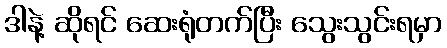
ဒါနဲ့ ဆိုရင် ဆေးရုံတက်ပြီး သွေးသွင်းရမှာ